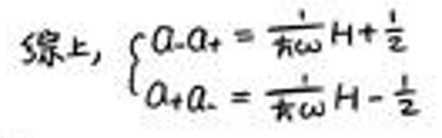
综上，\(\begin{cases} a - a_+ = \frac{1}{\pi \omega} H + \frac{1}{2} \\ a + a_- = \frac{1}{\pi \omega} H - \frac{1}{2} \end{cases}\)